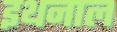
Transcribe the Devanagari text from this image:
इथनाल